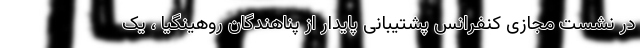
در نشست مجازی کنفرانس پشتیبانی پایدار از پناهندگان روهینگیا ، یک